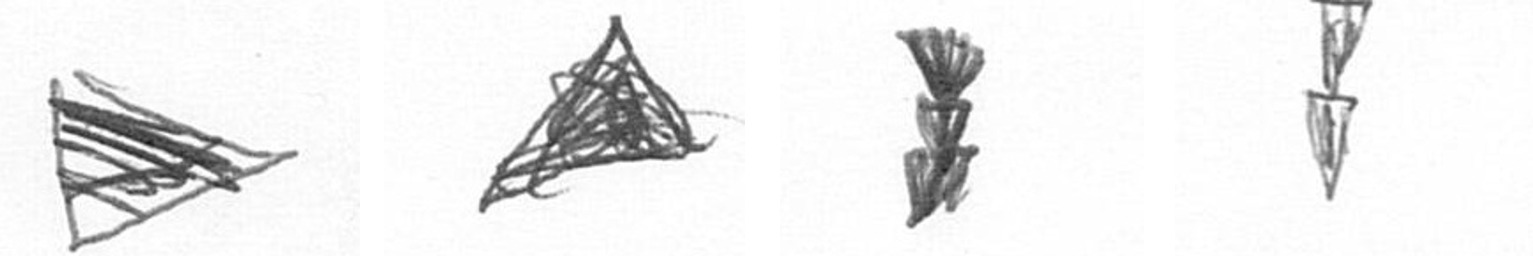
T O E Z